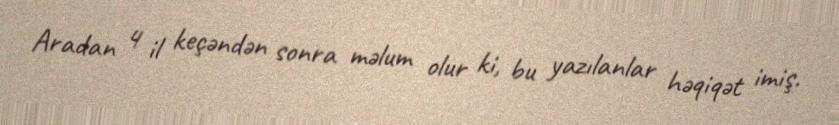
Aradan 4 il keçəndən sonra məlum olur ki, bu yazılanlar həqiqət imiş.